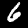
Digit: 6